Cholera in India, 1862 to 1881
Year: 1862
Disease focus: Cholera
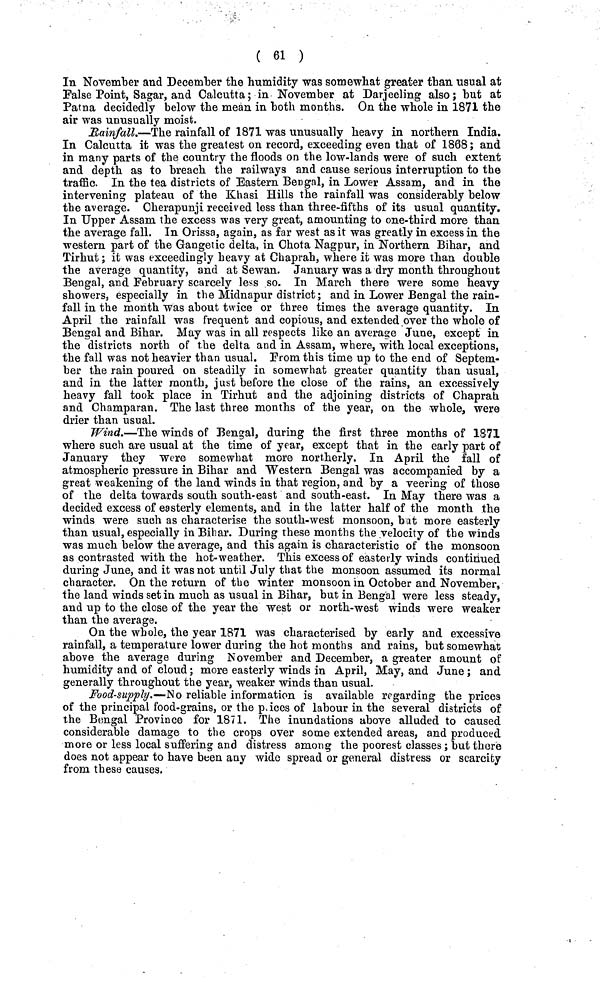
( 61 )
In November and December the humidity was somewhat greater than usual at
False Point, Sagar, and Calcutta; in November at Darjeeling also; but at
Patna decidedly below the mean in both months. On the whole in 1871 the
air was unusually moist.
Rainfall.—The rainfall of 1871 was unusually heavy in northern India.
In Calcutta it was the greatest on record, exceeding even that of 1868; and
in many parts of the country the floods on the low-lands were of such extent
and depth as to breach the railways and cause serious interruption to the
traffic. In the tea districts of Eastern Bengal, in Lower Assam, and in the
intervening plateau of the Khasi Hills the rainfall was considerably below
the average. Cherapunji received less than three-fifths of its usual quantity.
In Upper Assam the excess was very great, amounting to one-third more than
the average fall. In Orissa, again, as far west as it was greatly in excess in the
western part of the Gangetic delta, in Chota Nagpur, in Northern Bihar, and
Tirhut; it was exceedingly heavy at Chaprah, where it was more than double
the average quantity, and at Sewan. January was a dry month throughout
Bengal, and February scarcely less so. In March there were some heavy
showers, especially in the Midnapur district; and in Lower Bengal the rain-
fall in the month was about twice or three times the average quantity. In
April the rainfall was frequent and copious, and extended over the whole of
Bengal and Bihar. May was in all respects like an average June, except in
the districts north of the delta and in Assam, where, with local exceptions,
the fall was not heavier than usual. From this time up to the end of Septem-
ber the rain poured on steadily in somewhat greater quantity than usual,
and in the latter month, just before the close of the rains, an excessively
heavy fall took place in Tirhut and the adjoining districts of Chaprah,
and Champaran. The last three months of the year, on the whole, were
drier than usual.
Wind.—The winds of Bengal, during the first three months of 1S71
where such are usual at the time of year, except that in the early part of
January they Were somewhat more northerly. In April the fall of
atmospheric pressure in Bihar and Western Bengal was accompanied by a
great weakening of the land winds in that region, and by a veering of those
of the delta towards south south-east and south-east. In May there was a
decided excess of easterly elements, and in the latter half of the month the
winds were such as characterise the south-west monsoon, bat more easterly
than usual, especially in Bihar. During these months the velocity of the winds
was much below the average, and this again is characteristic of the monsoon
as contrasted with the hot-weather. This excess of easterly winds continued
during June, and it was not until July that the monsoon assumed its normal
character. On the return of the winter monsoon in October and November,
the land winds set in much as usual in Bihar, but in Bengal were less steady,
and up to the close of the year the west or north-west winds were weaker
than the average.
On the whole, the year 1871 was characterised by early and excessive
rainfall, a temperature lower during the hot months and rains, but somewhat
above the average during November and December, a greater amount of
humidity and of cloud; more easterly winds in April, May, and June; and
generally throughout the year, weaker winds than usual.
Food-supply.—No reliable information is available regarding the prices
of the principal food-grains, or the p. ices of labour in the several districts of
the Bengal Province for 1871. The inundations above alluded to caused
considerable damage to the crops over some extended areas, and produced
more or less local suffering and distress among the poorest classes;
but
does not appear to have been any wide spread or general distress or scarcity
from these causes.